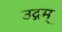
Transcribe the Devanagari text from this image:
उद्गम्